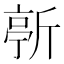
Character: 𣂳